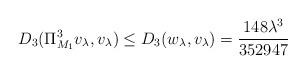
LaTeX: \begin{align*} D_{3}(\Pi^{3}_{M_1}v_\lambda,v_\lambda) \leq D_{3}(w_\lambda, v_\lambda) = \frac{148 \lambda^{3}}{352947} \end{align*}